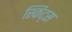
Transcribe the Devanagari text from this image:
स्किट्स